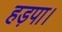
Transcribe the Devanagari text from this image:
हड़पा।